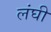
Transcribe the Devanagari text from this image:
लंघी